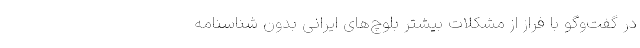
در گفت‌وگو با فراز از مشکلات بیشتر بلوچ‌های ایرانی بدون شناسنامه